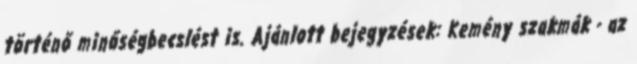
történő minőségbecslést is. Ajánlott bejegyzések: Kemény szakmák - az